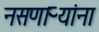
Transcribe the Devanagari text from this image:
नसणाऱ्यांना